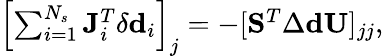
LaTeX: \begin{array}{r}{\left[\sum_{i=1}^{N_{s}}\mathbf{J}_{i}^{T}\delta\mathbf{d}_{i}\right]_{j}=-[\mathbf{S}^{T}\Delta\mathbf{d}\mathbf{U}]_{jj},}\end{array}